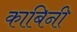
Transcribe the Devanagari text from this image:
काबिनी